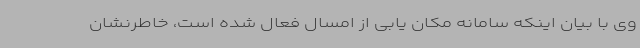
وی با بیان اینکه سامانه مکان یابی از امسال فعال شده است، خاطرنشان